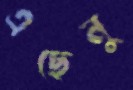
এছেনু